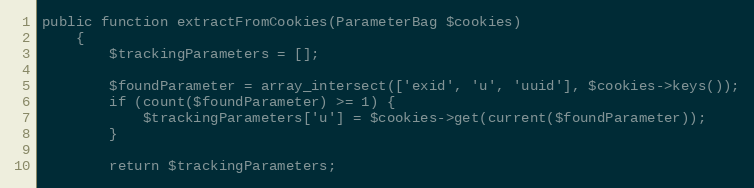
Language: PHP
public function extractFromCookies(ParameterBag $cookies)
    {
        $trackingParameters = [];

        $foundParameter = array_intersect(['exid', 'u', 'uuid'], $cookies->keys());
        if (count($foundParameter) >= 1) {
            $trackingParameters['u'] = $cookies->get(current($foundParameter));
        }

        return $trackingParameters;